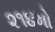
૨૧૪મો